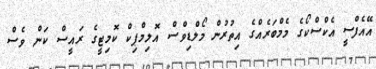
އޭއެފްސީ އެކްސްކޯގެ މެމްބަރެއްގެ އިތުރުން މޯލްޑިވްސް އޮލިމްޕިކް ކޮމިޓީގެ ރައީސް ކަން ވެސް